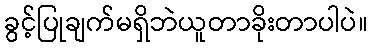
ခွင့်ပြုချက်မရှိဘဲယူတာခိုးတာပါပဲ။